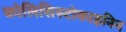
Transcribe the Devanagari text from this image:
कोलिसिस्टोकाइनिन